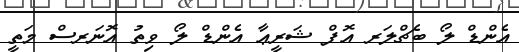
އެންޑް ލޯ ބެޗްލަރ އޮފް ޝަރީޢާ އެންޑް ލޯ ވިތު އޮނަރސް މަތީ